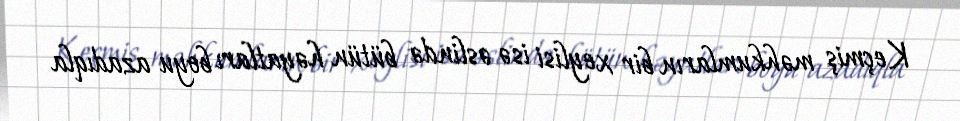
Keçmiş məhkumların bir xeylisi isə əslində bütün həyatları boyu azadıqla